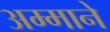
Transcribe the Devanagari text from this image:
अम्माने